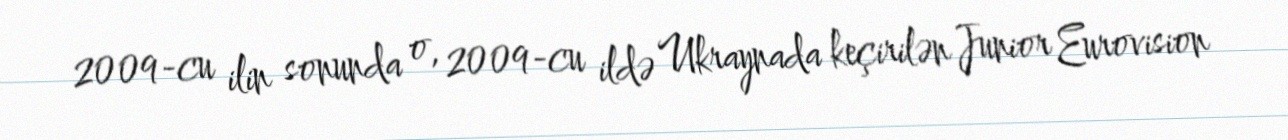
2009-cu ilin sonunda o, 2009-cu ildə Ukraynada keçirilən Junior Eurovision